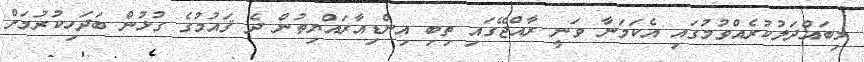
މިބައްދަލުކުރެއްވުމުގައި އެކަމަނާ ވަނީ ރާއްޖޭގައި ތިބި އިންޑިއާރައްޔިތުން ދެ ޤައުމުގެ ގުޅުން ބަދަހިކުރުމަށް